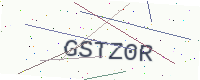
Text: GSTZ0R